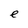
Character: e